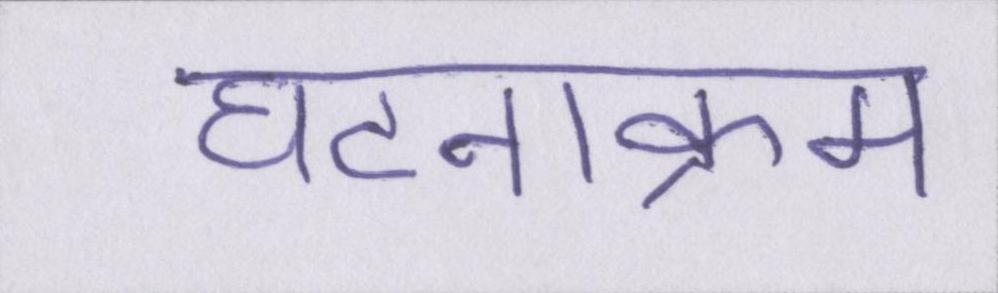
घटनाक्रम